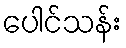
ပေါင်သန်း